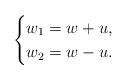
LaTeX: \begin{align*}\begin{cases}w_1=w+u,\\w_2=w-u.\end{cases}\end{align*}